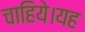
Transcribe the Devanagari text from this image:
चाहिये।यह